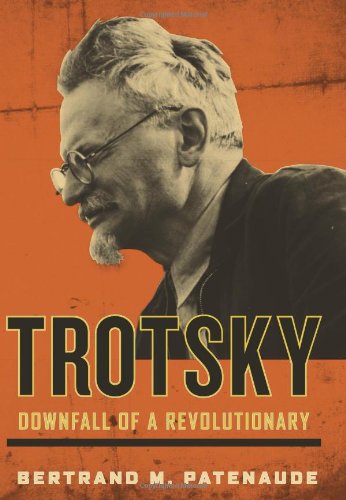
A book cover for Trotsky: Downfall of a Revolutionary; Bertrand M. Patenaude; Biographies & Memoirs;